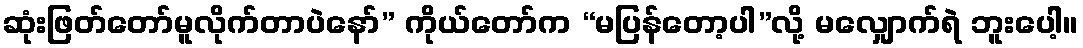
ဆုံးဖြတ်တော်မူလိုက်တာပဲနော်” ကိုယ်တော်က “မပြန်တော့ပါ”လို့ မလျှောက်ရဲ ဘူးပေါ့။